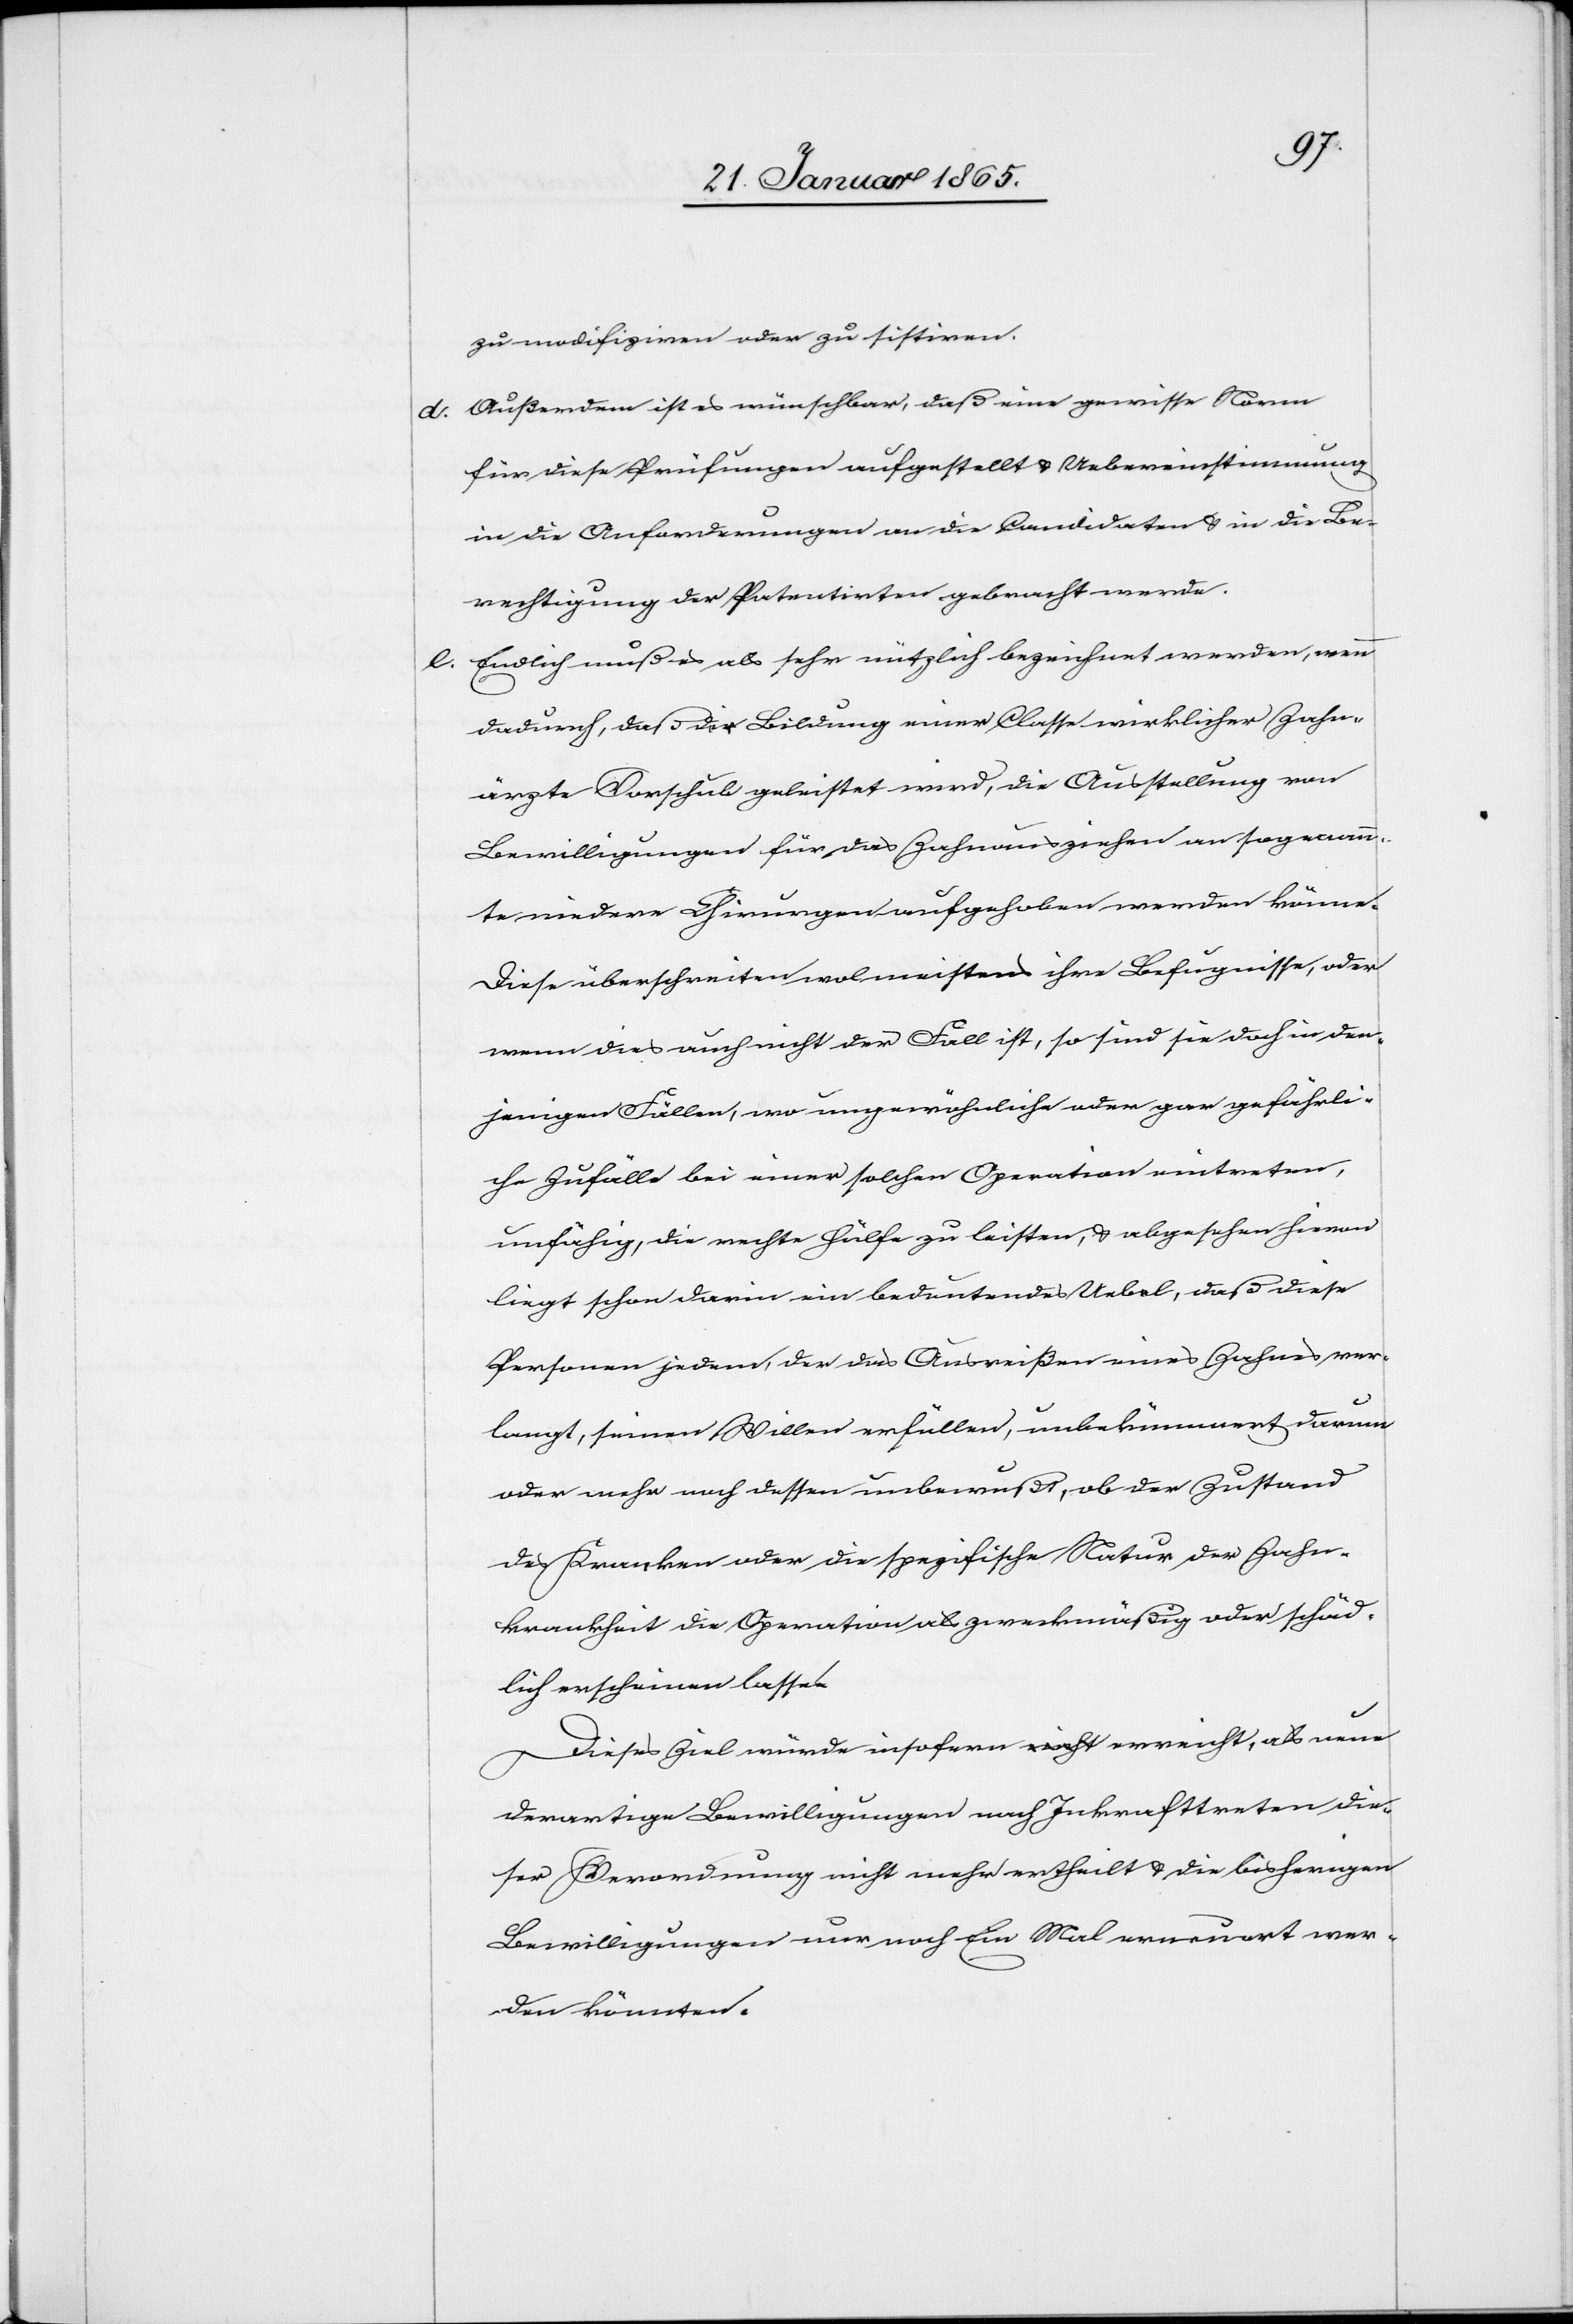
zu modifiziren oder zu sistiren.
d. Außerdem ist es wünschbar, daß eine gewisse Norm
für diese Prüfungen aufgestellt u. Uebereinstimmung
in die Anforderungen an die Candidaten u. in die Be¬
rechtigung der Patentirten gebracht werde.
e. Endlich muß es als sehr nützlich bezeichnet werden, wenn
dadurch, daß der Bildung einer Classe wirklicher Zahn¬
ärzte Vorschub geleistet wird, die Ausstellung von
Bewilligungen für das Zahnausziehen an sogenann¬
te niedere Chirurgen aufgehoben werden könne.
Diese überschreiten wol meistens ihre Befugnisse, oder
wenn dies auch nicht der Fall ist, so sind sie doch in den¬
jenigen Fällen, wo ungewöhnliche oder gar gefährli¬
che Zufälle bei einer solchen Operation eintreten,
unfähig, die rechte Hülfe zu leisten, u. abgesehen hievon
liegt schon darin ein bedeutendes Uebel, daß diese
Personen jedem, der das Ausreißen eines Zahnes ver¬
langt, seinen Willen erfüllen, unbekümmert darum
oder mehr noch dessen unbewußt, ob der Zustand
des Kranken oder die spezifische Natur der Zahn¬
krankheit die Operation als zweckmäßig oder schäd¬
lich erscheinen lassen.
Dieses Ziel würde insofern erreicht, als neue
derartige Bewilligungen nach Inkrafttreten die¬
ser Verordnung nicht mehr ertheilt u. die bisherigen
Bewilligungen nur noch Ein Mals erneuert wer¬
den könnten.